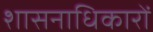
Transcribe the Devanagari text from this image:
शासनाधिकारों